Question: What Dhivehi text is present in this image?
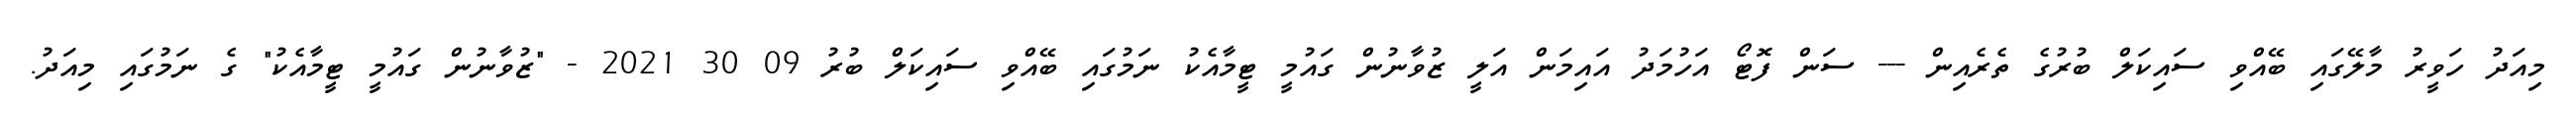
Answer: މިއަދު ހަވީރު މާލޭގައި ބޭއްވި ސައިކަލް ބުރުގެ ތެރެއިން --- ސަން ފޮޓޯ އަހުމަދު އައިމަން އަލީ ޒުވާނުން ގައުމީ ޓީމާއެކު ނަމުގައި ބޭއްވި ސައިކަލް ބުރު 09 30 2021 - "ޒުވާނުން ގައުމީ ޓީމާއެކު" ގެ ނަމުގައި މިއަދު.